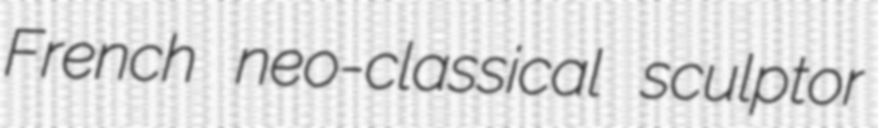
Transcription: French neo-classical sculptor